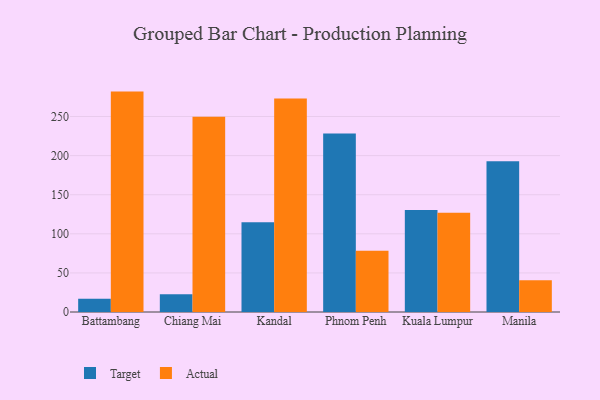
{"axis": {"x": "City", "y": "Customer Acquisition Cost (USD)"}, "legend": ["Actual", "Target"], "data": [{"x": "Battambang", "y": 17.1, "type": "Target"}, {"x": "Battambang", "y": 281.9, "type": "Actual"}, {"x": "Chiang Mai", "y": 22.6, "type": "Target"}, {"x": "Chiang Mai", "y": 249.6, "type": "Actual"}, {"x": "Kandal", "y": 114.9, "type": "Target"}, {"x": "Kandal", "y": 273.1, "type": "Actual"}, {"x": "Phnom Penh", "y": 228.4, "type": "Target"}, {"x": "Phnom Penh", "y": 78.4, "type": "Actual"}, {"x": "Kuala Lumpur", "y": 130.6, "type": "Target"}, {"x": "Kuala Lumpur", "y": 126.9, "type": "Actual"}, {"x": "Manila", "y": 192.7, "type": "Target"}, {"x": "Manila", "y": 40.5, "type": "Actual"}]}